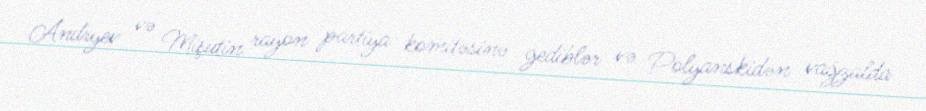
Andryev və Mişutin rayon partiya komitəsinə gediblər və Polyanskidən vağzalda